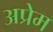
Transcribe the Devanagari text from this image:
अप्रेम